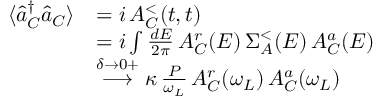
\begin{array} { r l } { \langle \hat { a } _ { C } ^ { \dagger } \hat { a } _ { C } \rangle } & { = i \, A _ { C } ^ { < } ( t , t ) } \\ & { = i \int \frac { d E } { 2 \pi } \, A _ { C } ^ { r } ( E ) \, \Sigma _ { A } ^ { < } ( E ) \, A _ { C } ^ { a } ( E ) } \\ & { \overset { \delta \to 0 + } { \longrightarrow } \kappa \, \frac { P } { \omega _ { L } } \, A _ { C } ^ { r } ( \omega _ { L } ) \, A _ { C } ^ { a } ( \omega _ { L } ) } \end{array}